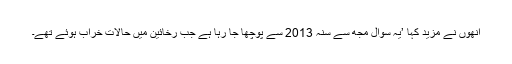
انھوں نے مزید کہا ’یہ سوال مجھ سے سنہ 2013 سے پوچھا جا رہا ہے جب رخائین میں حالات خراب ہوئے تھے۔